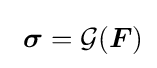
\ {\boldsymbol {\sigma }}={\mathcal {G}}({\boldsymbol {F}})